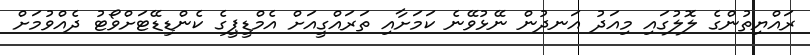
ރައްޔިތުންގެ ލޮލުގައި މިއަދު އަނދުން ނޭޅުވޭނެ ކަމަށާއި ތަރައްގީއަށް އެމްޑީޕީގެ ކެންޑިޑޭޓަށްވޯޓު ދެއްވުމަށް